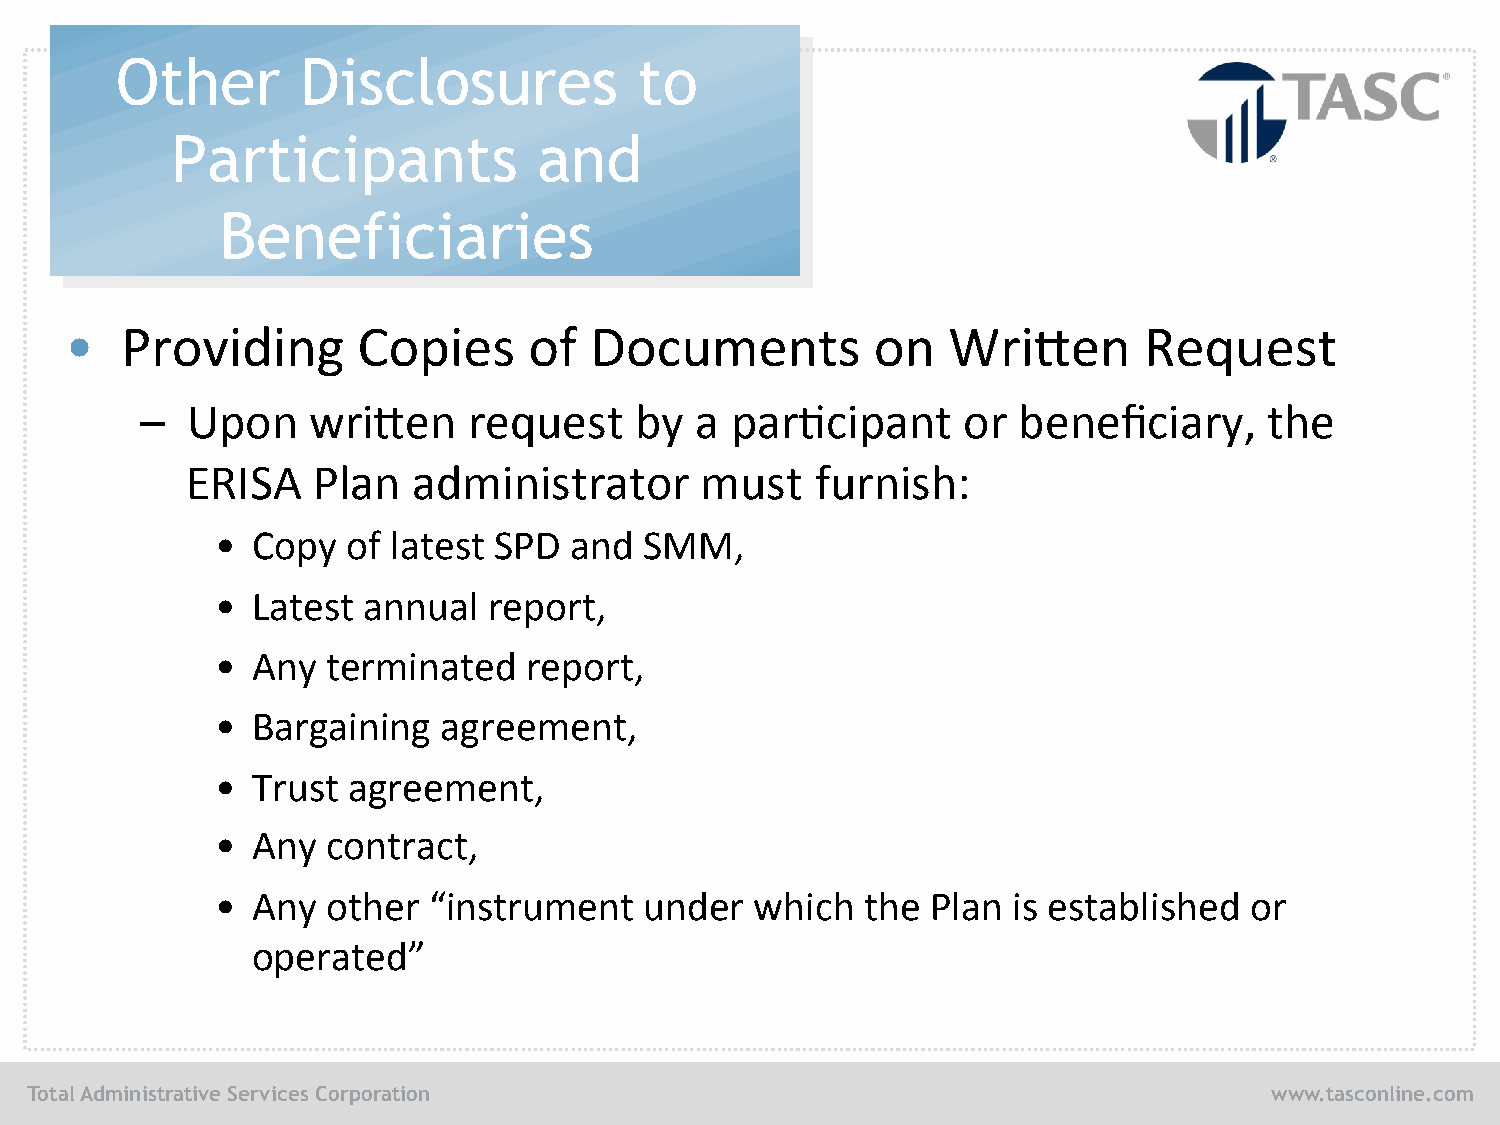
Other       Disclosures           to
 Participants             and
 Beneficiaries
 •   Providing       Copies     of  Documents          on   Wri8en       Request
 –  Upon    wri8en     request    by  a par/cipant      or beneficiary,     the
 ERISA    Plan  administrator      must    furnish:
 •  Copy  of latest SPD  and  SMM,
 •  Latest annual  report,
 •  Any  terminated   report,
 •  Bargaining  agreement,
 •  Trust agreement,
 •  Any  contract,
 •  Any  other “instrument    under  which  the  Plan is established  or
 operated”
 Total Administrative Services Corporation                                         www.tasconline.com